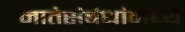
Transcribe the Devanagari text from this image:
नातेसंबंधांमध्ये